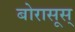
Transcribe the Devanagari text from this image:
बोरासूस्